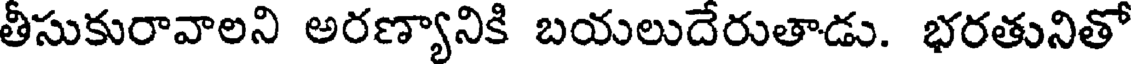
తీసుకురావాలని అరణ్యానికి బయలుదేరుతాడు. భరతునితో